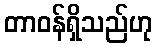
တာဝန်ရှိသည်ဟု